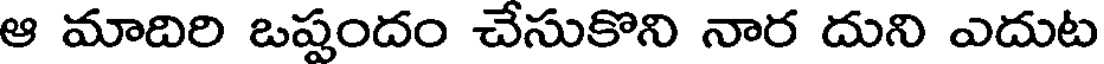
ఆ మాదిరి ఒప్పందం చేసుకొని నార దుని ఎదుట